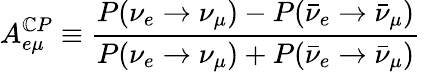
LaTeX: A_{e\mu}^{\mathbb{C}P}\equiv\frac{{P(\nu_{e}\rightarrow\nu_{\mu})-P(\bar{{\nu}}_{e}\rightarrow\bar{{\nu}}_{\mu})}}{{P(\nu_{e}\rightarrow\nu_{\mu})+P(\bar{{\nu}}_{e}\rightarrow\bar{{\nu}}_{\mu})}}\,